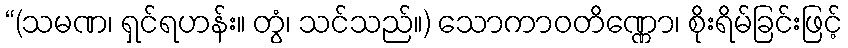
“(သမဏ၊ ရှင်ရဟန်း။ တွံ၊ သင်သည်။) သောကာဝတိဏ္ဏော၊ စိုးရိမ်ခြင်းဖြင့်